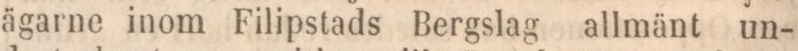
ägarne inom Filipstads Bergslag allmänt un-